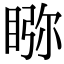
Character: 𥇎